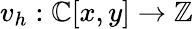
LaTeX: v_{h}:\mathbb{C}[x,y]\to\mathbb{Z}